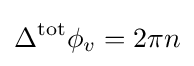
\Delta ^{\text{tot}}\phi _{v}=2\pi n